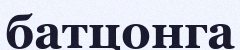
батцонга